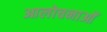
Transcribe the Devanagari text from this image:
आलोचनाआें